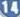
14